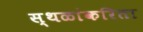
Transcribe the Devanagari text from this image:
स्थळांकरिता